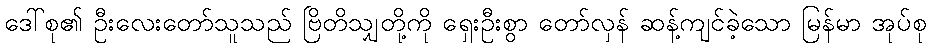
ဒေါ်စု၏ ဦးလေးတော်သူသည် ဗြိတိသျှတို့ကို ရှေးဦးစွာ တော်လှန် ဆန့်ကျင်ခဲ့သော မြန်မာ အုပ်စု